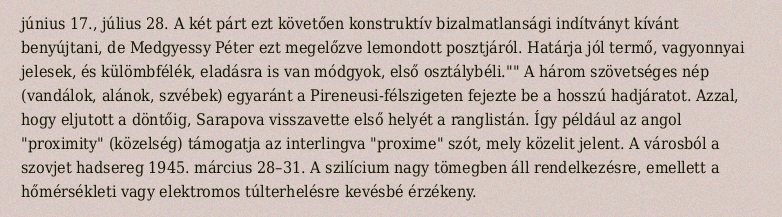
június 17., július 28. A két párt ezt követően konstruktív bizalmatlansági indítványt kívánt benyújtani, de Medgyessy Péter ezt megelőzve lemondott posztjáról. Határja jól termő, vagyonnyai jelesek, és külömbfélék, eladásra is van módgyok, első osztálybéli."" A három szövetséges nép (vandálok, alánok, szvébek) egyaránt a Pireneusi-félszigeten fejezte be a hosszú hadjáratot. Azzal, hogy eljutott a döntőig, Sarapova visszavette első helyét a ranglistán. Így például az angol "proximity" (közelség) támogatja az interlingva "proxime" szót, mely közelit jelent. A városból a szovjet hadsereg 1945. március 28–31. A szilícium nagy tömegben áll rendelkezésre, emellett a hőmérsékleti vagy elektromos túlterhelésre kevésbé érzékeny.